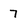
Character: 7